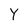
Character: Y